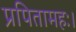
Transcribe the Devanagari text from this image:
प्रपितामहः।